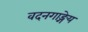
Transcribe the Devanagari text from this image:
वदनगाङ्गेय